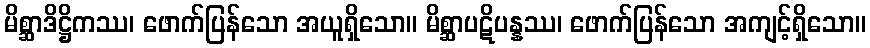
မိစ္ဆာဒိဋ္ဌိကဿ၊ ဖောက်ပြန်သော အယူရှိသော။ မိစ္ဆာပဋိပန္နဿ၊ ဖောက်ပြန်သော အကျင့်ရှိသော။